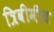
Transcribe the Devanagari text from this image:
त्रिवीमीय